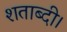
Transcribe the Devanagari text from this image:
शताब्दी।